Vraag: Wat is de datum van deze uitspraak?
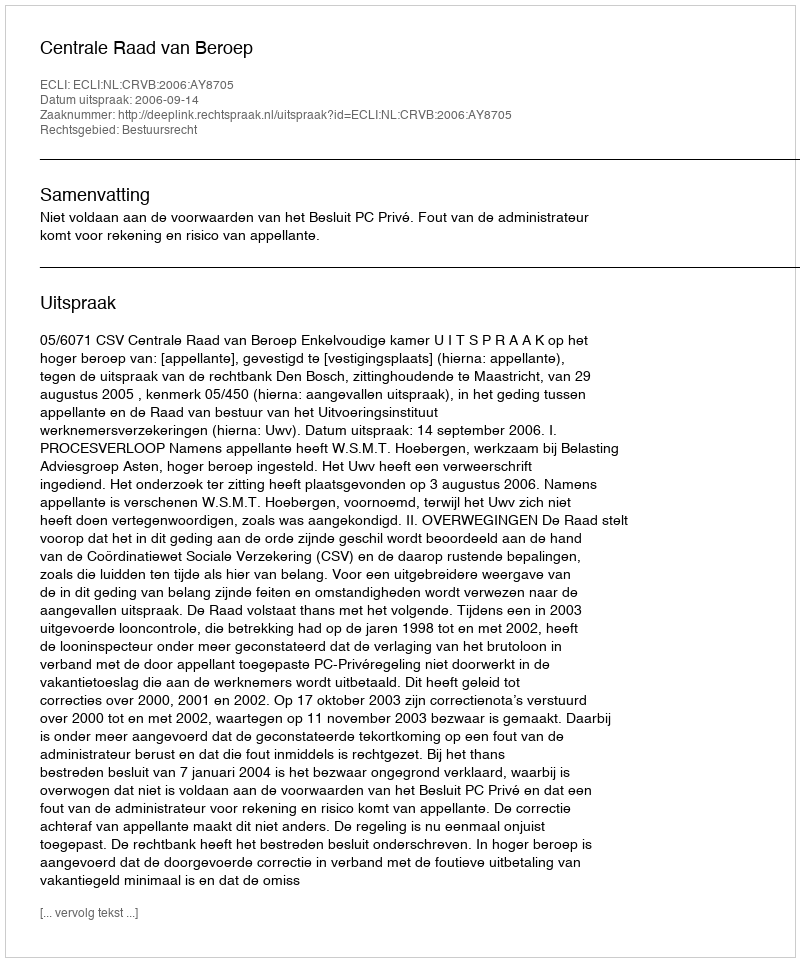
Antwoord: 2006-09-14